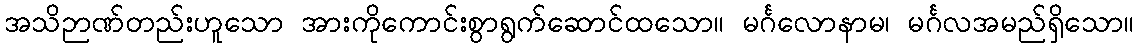
အသိဉာဏ်တည်းဟူသော အားကိုကောင်းစွာရွက်ဆောင်ထသော။ မင်္ဂလောနာမ၊ မင်္ဂလအမည်ရှိသော။